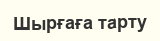
Шырғаға тарту